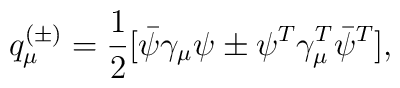
q_{\mu}^{(\pm)}=\frac{1}{2}[\bar{\psi}\gamma_{\mu}\psi \pm \psi^T\gamma_{\mu}^T\bar{\psi}^T ],